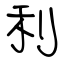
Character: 利